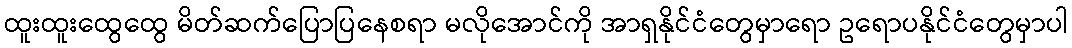
ထူးထူးထွေထွေ မိတ်ဆက်ပြောပြနေစရာ မလိုအောင်ကို အာရှနိုင်ငံတွေမှာရော ဥရောပနိုင်ငံတွေမှာပါ